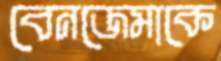
বেনজেমাকে